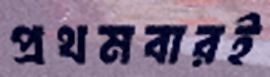
প্রথমবারই